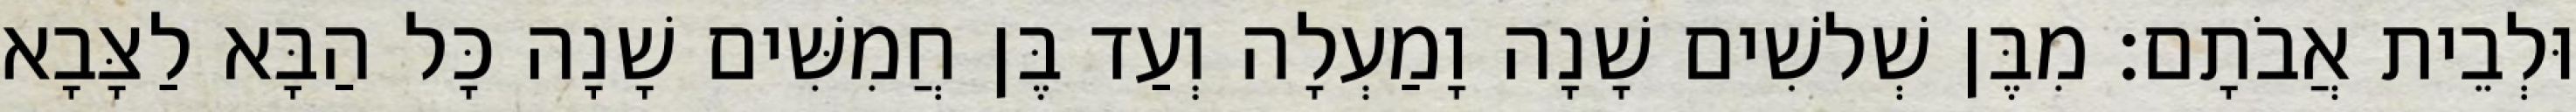
וּלְבֵית אֲבֹתָם׃ מִבֶּן שְׁלשִׁים שָׁנָה וָמַעְלָה וְעַד בֶּן חֲמִשִּׁים שָׁנָה כָּל הַבָּא לַצָּבָא